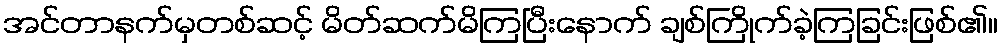
အင်တာနက်မှတစ်ဆင့် မိတ်ဆက်မိကြပြီးနောက် ချစ်ကြိုက်ခဲ့ကြခြင်းဖြစ်၏။